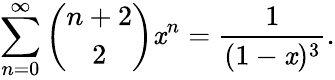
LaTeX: \sum_{n=0}^{\infty}{\binom{n+2}{2}}\mathit{x}^{n}={\frac{{1}}{{(1-\mathit{x})^{3}}}}.